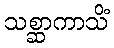
သစ္ဆာကာသိံ